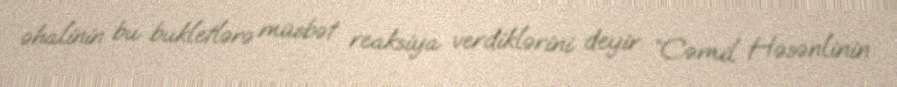
əhalinin bu bukletlərə müsbət reaksiya verdiklərini deyir: “Cəmil Həsənlinin